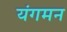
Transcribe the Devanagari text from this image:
यंगमन